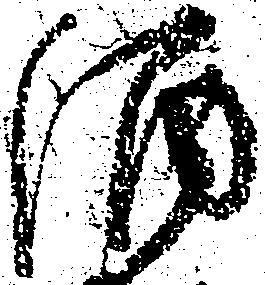
酒